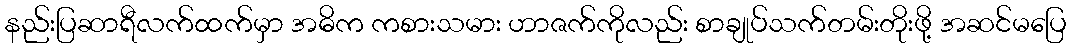
နည်းပြဆာရီလက်ထက်မှာ အဓိက ကစားသမား ဟာဇက်ကိုလည်း စာချုပ်သက်တမ်းတိုးဖို့ အဆင်မပြေ